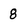
Character: 8